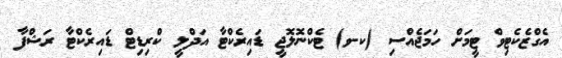
އެގްޒެކެޓިވް ޓީމަށް ހަމަޖެއްސި (ކ-ވ) ޓެކްނޮލޮޖީ ޑައިރެކްޓާ އަދްލީ ކްރިޑިޓް ޑައިރެކްޓާ ރަޝްފާ